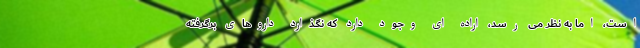
است، اما به نظر می رسد، اراده ای وجود دارد که نگذارد داروهای برگرفته